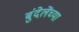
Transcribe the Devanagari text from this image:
बुंदेलेंच्या